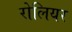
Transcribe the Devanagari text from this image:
रोलियर